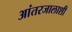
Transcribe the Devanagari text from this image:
आंतरजालाशी